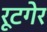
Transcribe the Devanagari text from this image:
रूटगेर